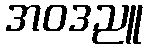
အဝဒညူ